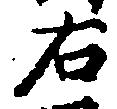
右